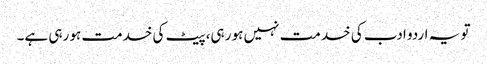
تو یہ اردو ادب کی خدمت نہیں ہو رہی، پیٹ کی خدمت ہو رہی ہے۔